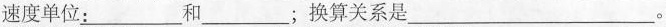
速度单位：___和___；换算关系是___。